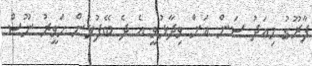
ފާރޫގު މިއަދު ސަން އަށް ވިދާޅުވީ އެ ދެ ބޭފުޅުން ހަވީރު ނޫސް